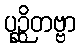
ပုဉ္ဆိတဗ္ဗာ